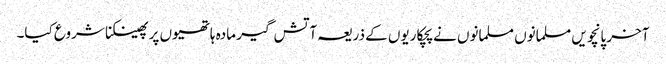
آخر پانچویں مسلمانوں مسلمانوں نے پچکاریوں کے ذریعہ آتش گیر مادہ ہاتھیوں پر پھینکنا شروع کیا۔